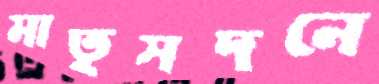
মাতৃসদনে